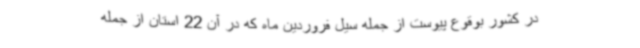
در کشور بوقوع پیوست از جمله سیل فروردین ماه که در آن 22 استان از جمله